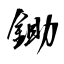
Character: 鋤